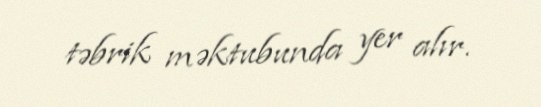
təbrik məktubunda yer alır.